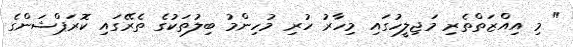
" މި އިއްޒަތްތެރި މަޖިލީހުގައި މިހާރު ހުރި މުހިންމު ބިލުތަކުގެ ތެރޭގައި ކޮރަޕްޝަންގެ